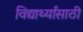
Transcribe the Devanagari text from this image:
विद्यार्थ्‍यांसाठी